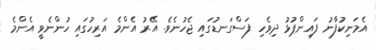
އެމަނިކުފާނު ފައިންޕުޅު ދިވެހި ފަސްގަނޑުގައި ޖެހުނެވެ. އޭރު އެންމެ އަރިހުގައި ހުންނެވީ އެންމެ